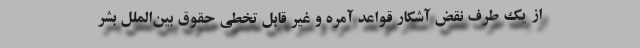
از یک طرف نقض آشکار قواعد آمره و غیر قابل تخطی حقوق بین‌الملل بشر